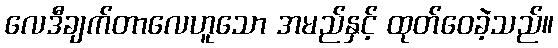
လေဒီချက်တာလေဟူသော အမည်နှင့် ထုတ်ဝေခဲ့သည်။